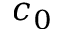
c _ { 0 }